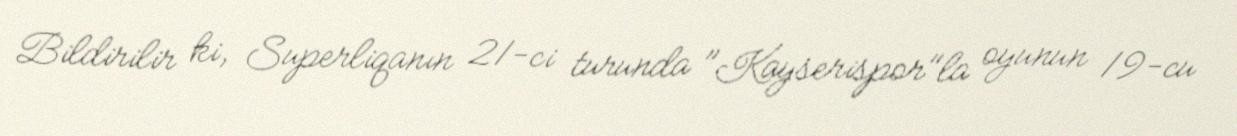
Bildirilir ki, Superliqanın 21-ci turunda "Kayserispor"la oyunun 19-cu